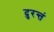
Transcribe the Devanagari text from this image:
दुरन्तं